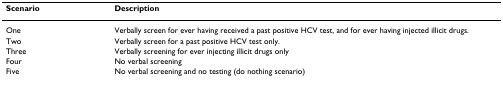
<table><thead><tr><td><b>Scenario</b></td><td><b>Description</b></td></tr></thead><tbody><tr><td>One</td><td>Verbally screen for ever having received a past positive HCV test, and for ever having injected illicit drugs.</td></tr><tr><td>Two</td><td>Verbally screen for a past positive HCV test only.</td></tr><tr><td>Three</td><td>Verbally screening for ever injecting illicit drugs only</td></tr><tr><td>Four</td><td>No verbal screening</td></tr><tr><td>Five</td><td>No verbal screening and no testing (do nothing scenario)</td></tr></tbody></table>